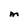
Character: M